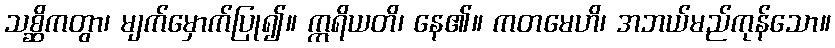
သစ္ဆိကတွာ၊ မျက်မှောက်ပြု၍။ ဣရိယတိ၊ နေ၏။ ကတမေဟိ၊ အဘယ်မည်ကုန်သော။